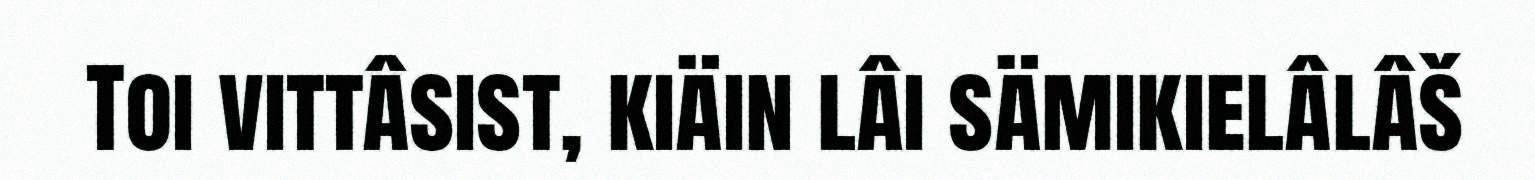
Toi vittâsist, kiäin lâi sämikielâlâš